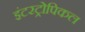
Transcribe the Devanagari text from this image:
इंटरट्रोपिकल